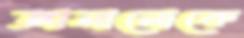
জানানোকে